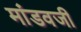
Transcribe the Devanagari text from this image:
मांडवजी